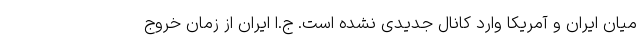
میان ایران و آمریکا وارد کانال جدیدی نشده است. ج.ا ایران از زمان خروج